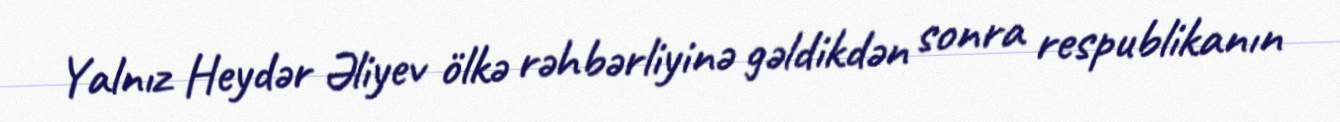
Yalnız Heydər Əliyev ölkə rəhbərliyinə gəldikdən sonra respublikanın